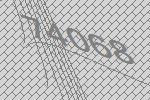
74068